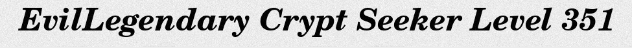
EvilLegendary Crypt Seeker Level 351